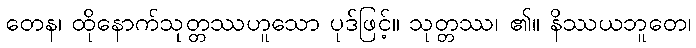
တေန၊ ထိုနောက်သုတ္တဿဟူသော ပုဒ်ဖြင့်။ သုတ္တဿ၊ ၏။ နိဿယဘူတေ၊